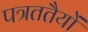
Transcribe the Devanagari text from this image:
पत्रततैयों